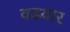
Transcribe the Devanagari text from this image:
वडयार